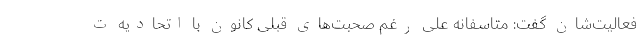
فعالیت‌شان گفت: متاسفانه علی رغم صحبت‌های قبلی کانون با اتحادیه ت